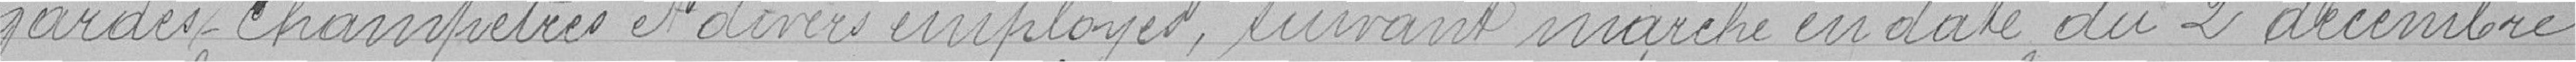
gardes champêtres et divers employés, suivant marché en date du 2 décembre